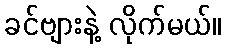
ခင်ဗျားနဲ့ လိုက်မယ်။